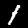
Label: 1